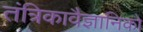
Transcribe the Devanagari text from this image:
तंत्रिकावैज्ञानिको